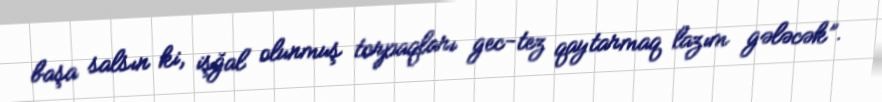
başa salsın ki, işğal olunmuş torpaqları gec-tez qaytarmaq lazım gələcək”.